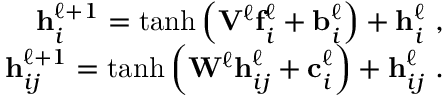
\begin{array} { r } { \mathbf h _ { i } ^ { \ell + 1 } = \operatorname { t a n h } \left( \mathbf V ^ { \ell } \mathbf f _ { i } ^ { \ell } + \mathbf b _ { i } ^ { \ell } \right) + \mathbf h _ { i } ^ { \ell } \ , } \\ { \mathbf h _ { i j } ^ { \ell + 1 } = \operatorname { t a n h } \left( \mathbf W ^ { \ell } \mathbf h _ { i j } ^ { \ell } + \mathbf c _ { i } ^ { \ell } \right) + \mathbf h _ { i j } ^ { \ell } \ . } \end{array}